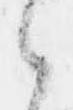
之